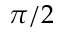
\pi / 2